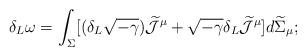
LaTeX: \begin{align*}\delta_{L} \omega = \int_{\Sigma} [ (\delta_{L} \sqrt{- \gamma})\widetilde{\cal J}^{\mu} + \sqrt{- \gamma} \delta_{L}\widetilde{\cal J}^{\mu} ] d \widetilde{\Sigma}_{\mu};\end{align*}